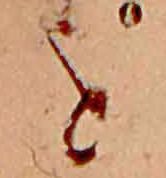
を